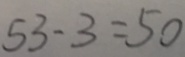
5 3 - 3 = 5 0